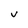
Character: v